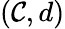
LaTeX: (\mathcal{C},d)